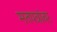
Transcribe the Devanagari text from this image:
मतपत्रांवर